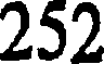
252